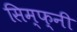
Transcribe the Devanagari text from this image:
सिम्फ्नी